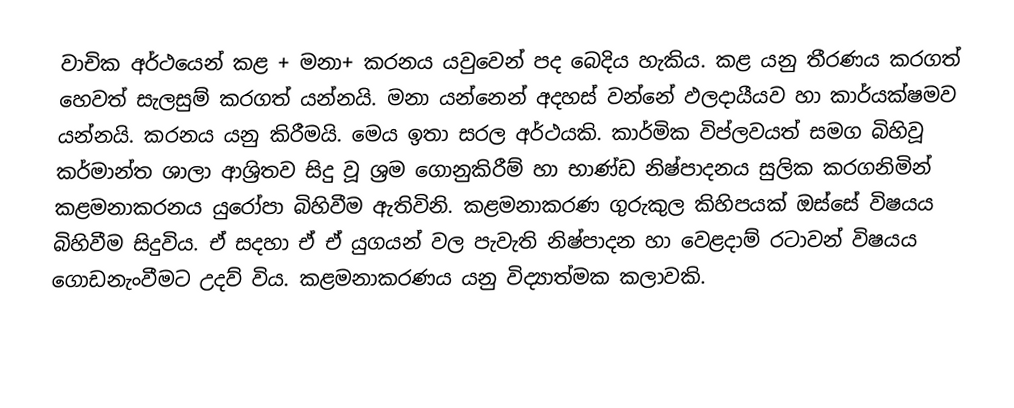
වාචික අර්ථයෙන් කළ + මනා+ කරනය යවුවෙන් පද බෙදිය හැකිය. කළ යනු තීරණය කරගත් හෙවත් සැලසුම් කරගත් යන්නයි. මනා යන්නෙන් අදහස් වන්නේ ඵලදායීයව හා කාර්යක්ෂමව යන්නයි. කරනය යනු කිරීමයි. මෙය ඉතා සරල අර්ථයකි. කාර්මික විප්ලවයත් සමග බිහිවූ කර්මාන්ත ශාලා ආශ්‍රිතව සිදු වූ  ශ්‍රම ගොනුකිරීම් හා භාණ්ඩ නිෂ්පාදනය සුලික කරගනිමින් කළමනාකරනය යුරෝපා බිහිවීම ඇතිවිනි. කළමනාකරණ ගුරුකුල කිහිපයක් ඔස්සේ විෂයය බිහිවීම සිදුවිය. ඒ සදහා ඒ ඒ යුගයන් වල පැවැති නිෂ්පාදන හා වෙළදාම් රටාවන් විෂයය ගොඩනැංවීමට උදව් විය. කළමනාකරණය යනු විද්‍යාත්මක කලාවකි.